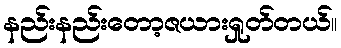
နည်းနည်းတော့ဇယားရှုတ်တယ်။